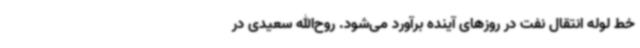
خط لوله انتقال نفت در روزهای آینده برآورد می‌شود. روح‌الله سعیدی در